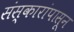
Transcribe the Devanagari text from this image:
संस्कारांपासून